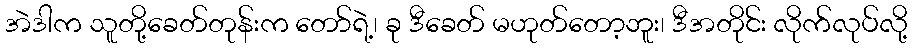
အဲဒါက သူတို့ခေတ်တုန်းက တော်ရဲ့၊ ခု ဒီခေတ် မဟုတ်တော့ဘူး၊ ဒီအတိုင်း လိုက်လုပ်လို့